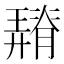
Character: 𦡠